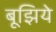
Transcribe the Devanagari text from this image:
बूझिये